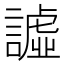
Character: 譃